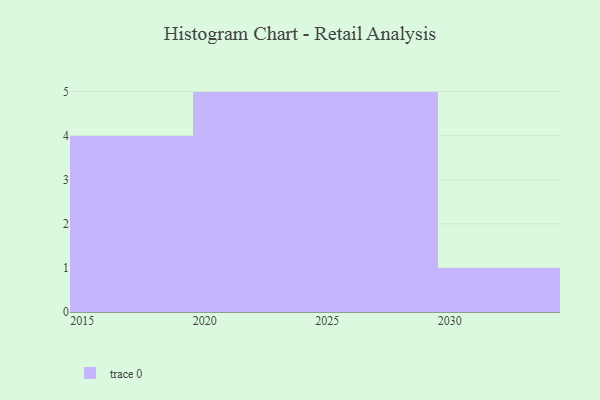
{"axis": {"x": "Year", "y": "Latency (ms)"}, "legend": [""], "data": [{"x": "2021", "y": 45, "type": ""}, {"x": "2017", "y": 14, "type": ""}, {"x": "2027", "y": 85, "type": ""}, {"x": "2029", "y": 76, "type": ""}, {"x": "2019", "y": 39, "type": ""}, {"x": "2025", "y": 96, "type": ""}, {"x": "2016", "y": 7, "type": ""}, {"x": "2022", "y": 13, "type": ""}, {"x": "2028", "y": 40, "type": ""}, {"x": "2026", "y": 46, "type": ""}, {"x": "2030", "y": 52, "type": ""}, {"x": "2015", "y": 57, "type": ""}, {"x": "2023", "y": 77, "type": ""}, {"x": "2024", "y": 35, "type": ""}, {"x": "2020", "y": 22, "type": ""}]}